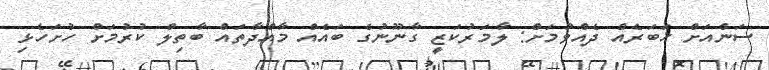
ސަންއަށް ޚަބަރެއް ދެއްވުމަށް: ލާމަރުކަޒީ ގާނޫނުގެ ބައެއް މާއްދާތައް ބާތިލް ކުރުމަށް ހުށަހެޅި